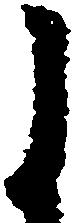
よ